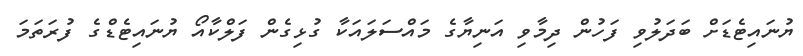
ޔުނައިޓެޑަށް ބަދަލުވި ފަހުން ދިމާވި އަނިޔާގެ މައްސަލައަކާ ގުޅިގެން ފަލްކާއޯ ޔުނައިޓެޑްގެ ފުރަތަމަ